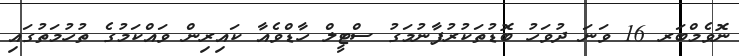
ނޮވެމްބަރ 16 ވަނަ ދުވަހު ބޮޑުތަކުރުފާނުމަގު ސްޓީލް ހާޑްވެއާ ކައިރިން ވައްކަމުގެ ތުހުމަތުގައި